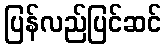
ပြန်လည်ပြင်ဆင်